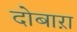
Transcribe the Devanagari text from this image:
दोबाऱा